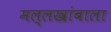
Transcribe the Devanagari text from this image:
मल्लखांबाला